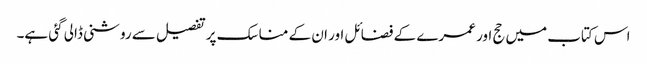
اس کتاب میں حج اور عمرے کے فضائل اور ان کے مناسک پر تفصیل سے روشنی ڈالی گئی ہے۔